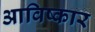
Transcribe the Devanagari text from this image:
आविष्‍कार